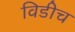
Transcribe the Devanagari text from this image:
विडीच